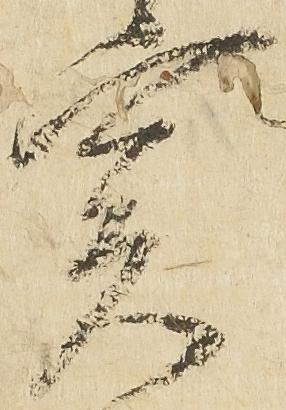
実